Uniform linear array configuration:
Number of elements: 32
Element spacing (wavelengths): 0.25
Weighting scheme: binomial
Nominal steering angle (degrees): -60
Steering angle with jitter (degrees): -58.35
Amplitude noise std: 0.05
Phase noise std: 0.05

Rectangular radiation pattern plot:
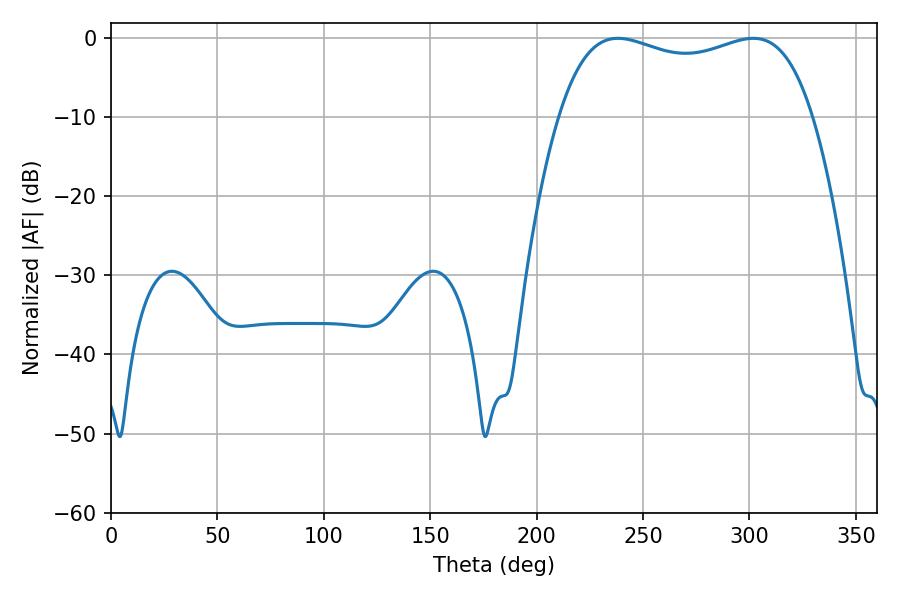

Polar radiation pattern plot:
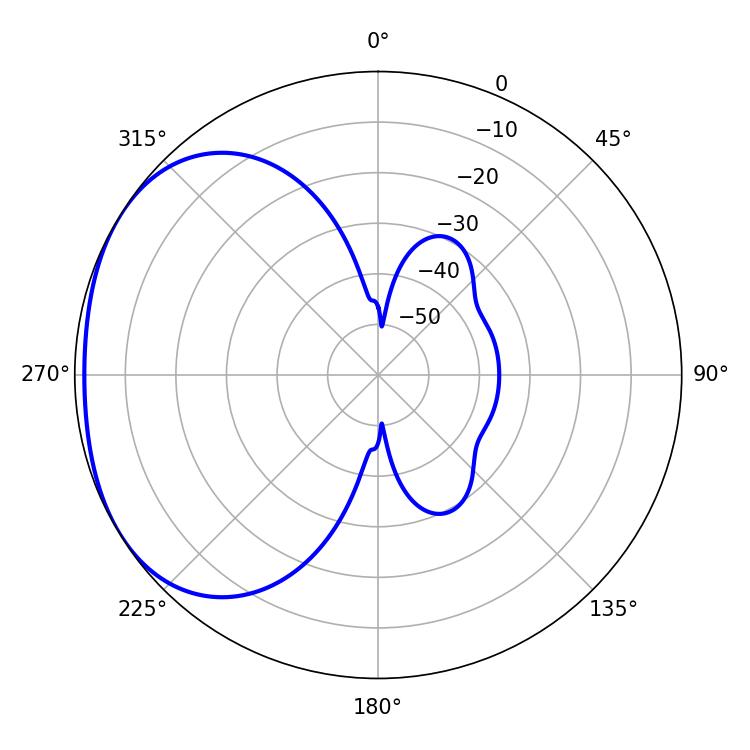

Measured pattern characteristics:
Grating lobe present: FALSE
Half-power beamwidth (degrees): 97.2
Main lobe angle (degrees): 238.14